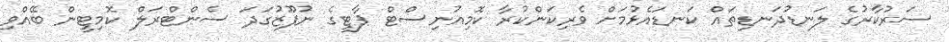
ސަރުކާރުގެ ލަނޑުދަނޑިތައް ކަނޑައެޅުމަށް ވެރިކަންކުރާ ކޮމިއުނިސްޓް ޕާޓީގެ ނުފޫޒުގަދަ ސެންޓްރަލް ކޮމިޓީން ބޭއްވި